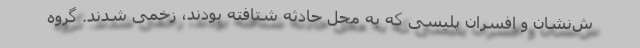
ش‌نشان و افسران پلیسی که به محل حادثه شتافته بودند، زخمی شدند. گروه